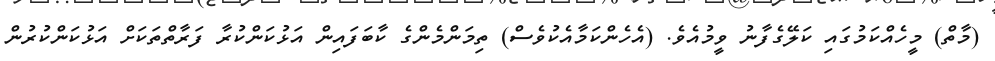
(މާތް) މީހެއްކަމުގައި ކަލޭގެފާނު ވީމުއެވެ. (އެހެންކަމާއެކުވެސް) ތިމަންމެންގެ ކާބަފައިން އަޅުކަންކުރާ ފަރާތްތަކަށް އަޅުކަންކުރުން